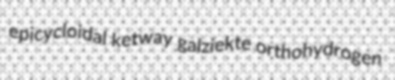
epicycloidal ketway galziekte orthohydrogen